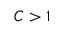
C > 1